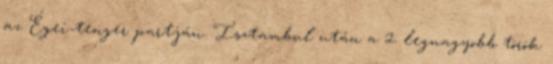
az Égei-tenger partján. Isztambul után a 2. legnagyobb török